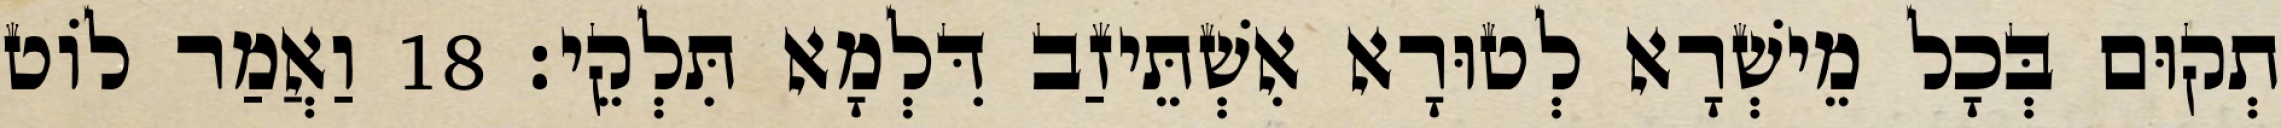
תְקוּם בְּכָל מֵישְׁרָא לְטוּרָא אִשְׁתֵּיזַב דִּלְמָא תִּלְקֵי׃ 18 וַאֲמַר לוֹט